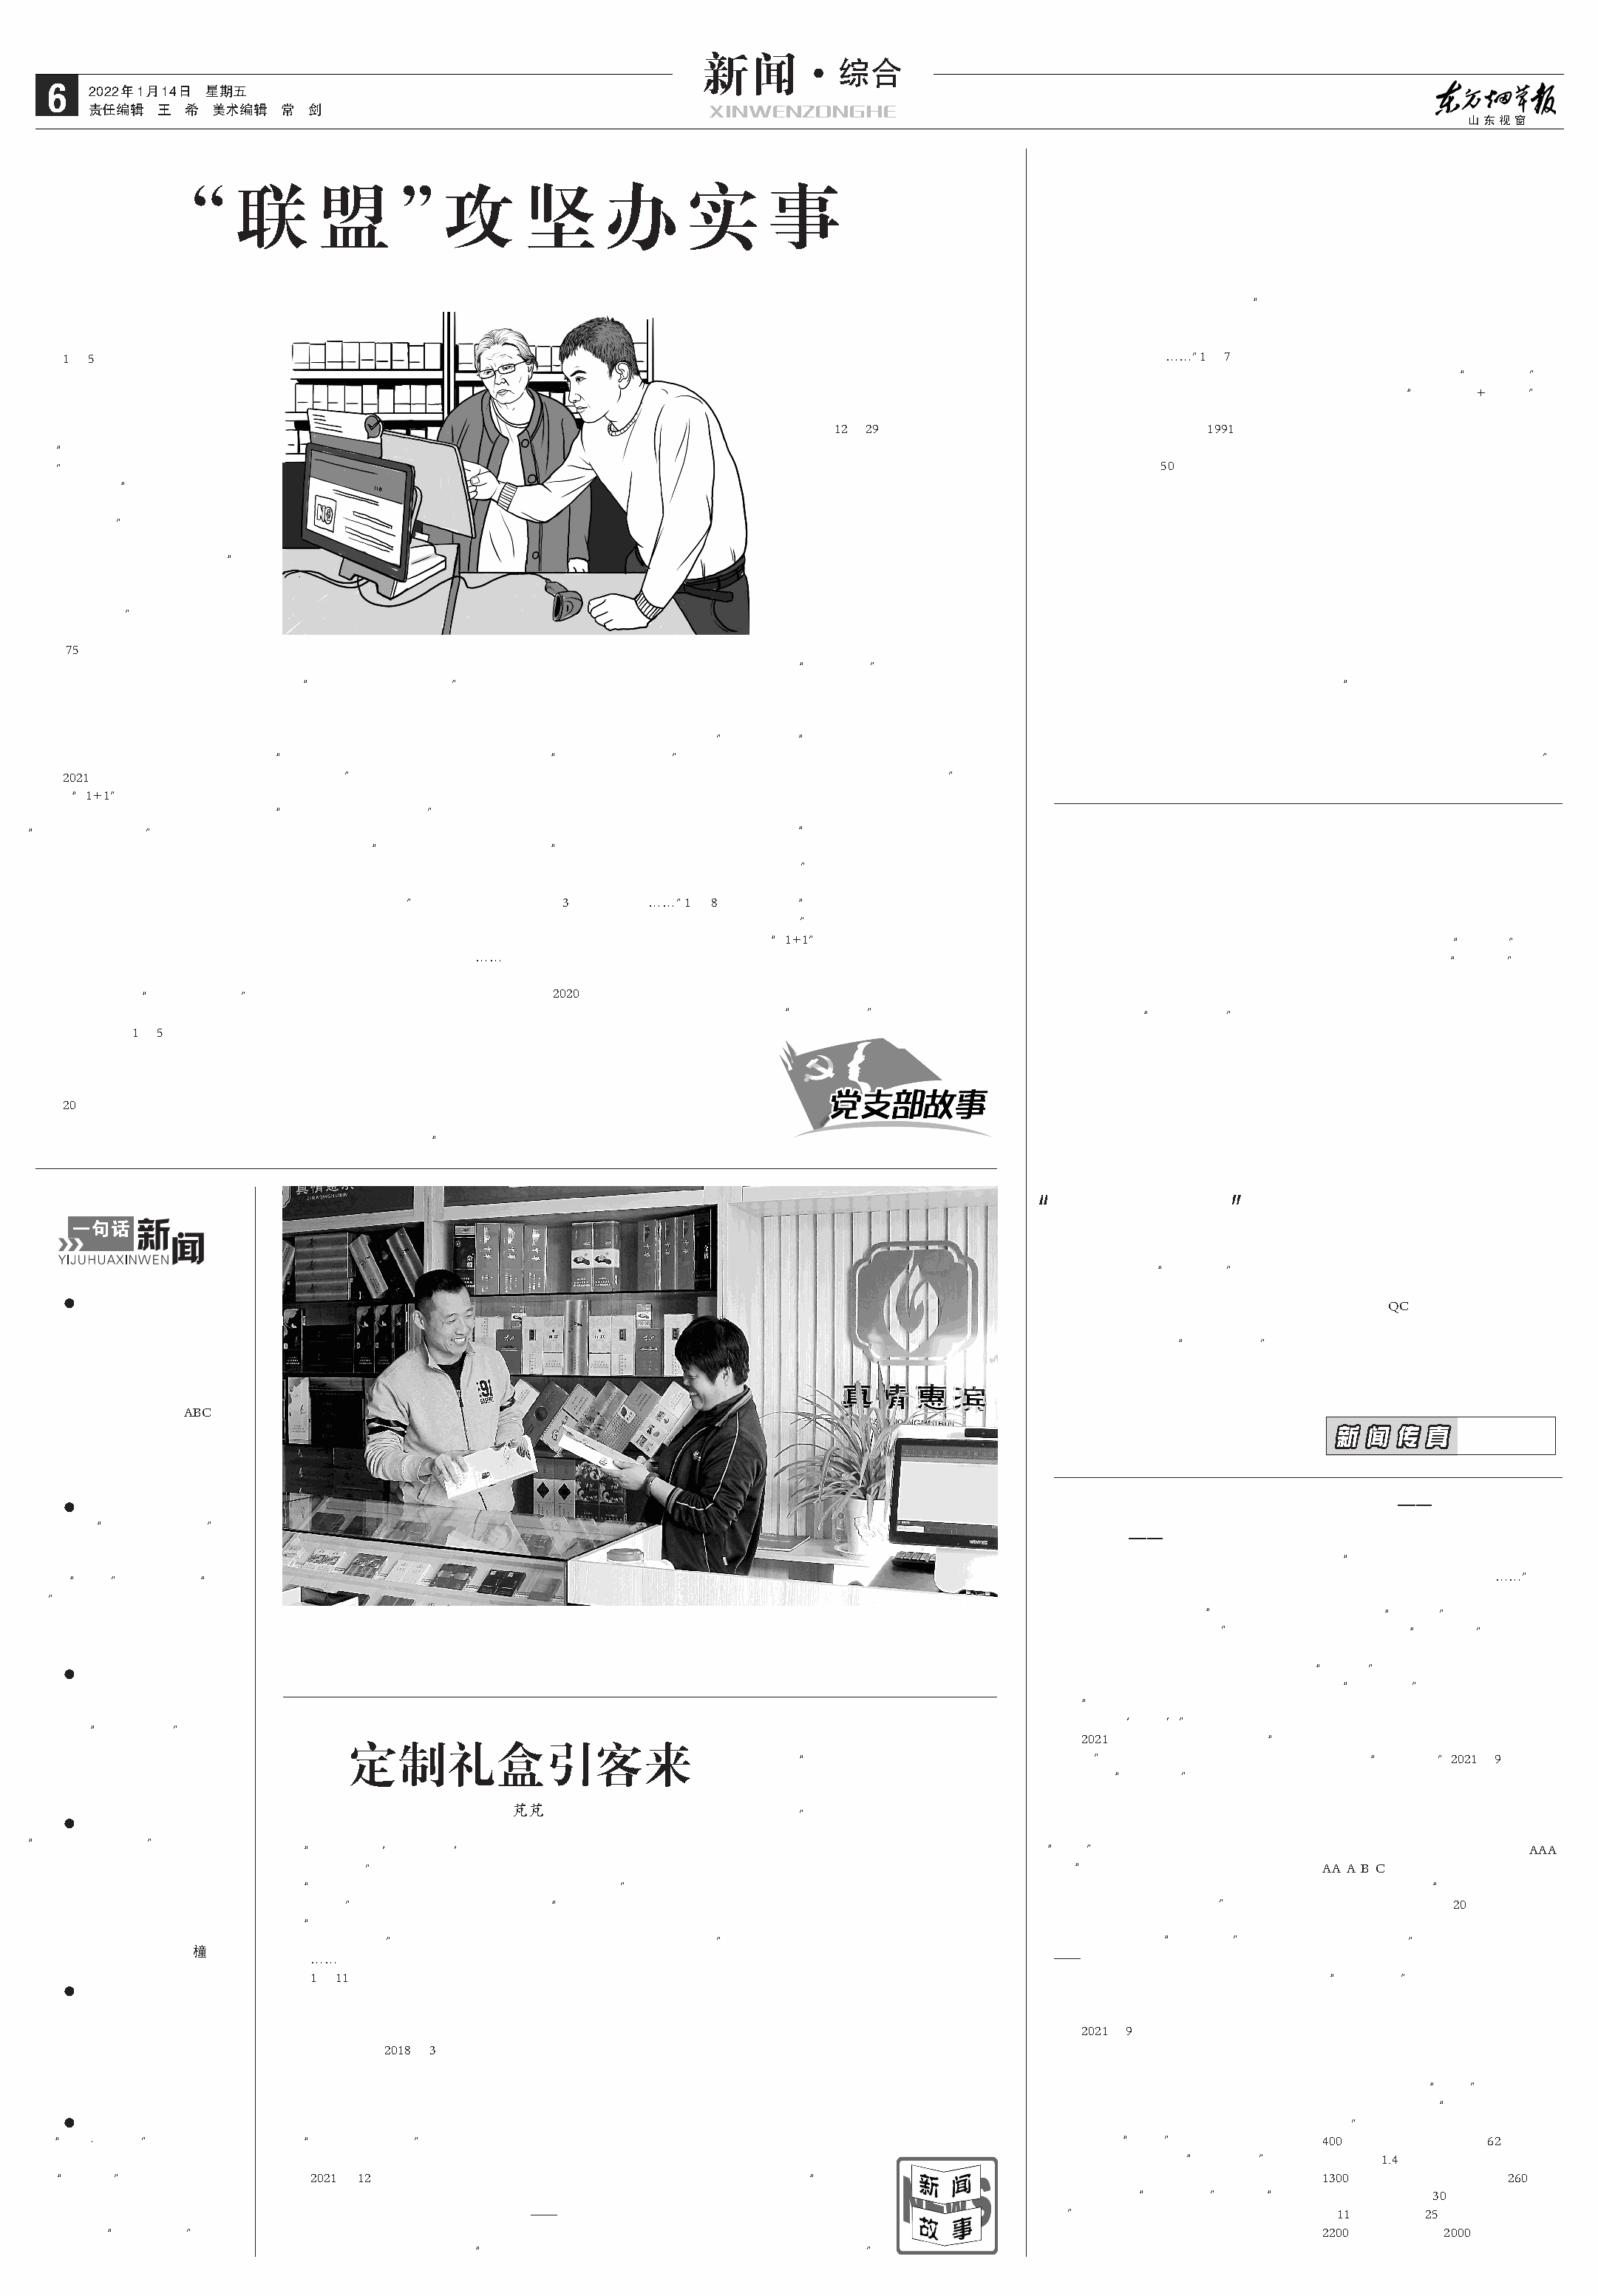
新闻·
 综合
 6   2022年1月14日 星期五
 责任编辑  王  希 美术编辑  常  剑                                  XINWENZONGHE
 “      联      盟       ”攻         坚      办       实      事
 1 5                                                                                                  1  7
 +
 12 29                            1991
 50
 75
 2021
 1+1
 3          1  8
 1+1
 2020
 1 5
 20
 一句话
 QC
 ●
 ABC
 新新 闻闻 传传 真真
 ●
 ●
 2021
 定制礼盒引客来
 2021 9
 芃芃
 ●
 AAA
 AA A B C
 20
 橦
 1 11
 ●
 2021 9
 2018 3
 ●
 400            62
 1.4
 2021 12                                                                                   1300             260
 30
 11      25
 2200       2000